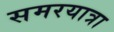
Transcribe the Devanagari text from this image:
समरयात्रा